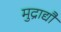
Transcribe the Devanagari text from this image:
मुद्राद्यौ